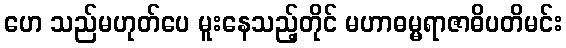
ဟေ သည်မဟုတ်ပေ မူးနေသည့်တိုင် မဟာဓမ္မရာဇာဓိပတိမင်း